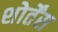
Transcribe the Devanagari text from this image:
शोर्तेंस